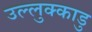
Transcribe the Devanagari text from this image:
उल्लुक्काडु